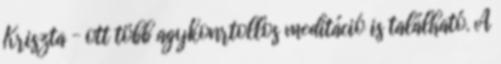
Kriszta – ott több agykonrtollos meditáció is található. A